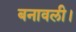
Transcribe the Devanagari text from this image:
बनावली।